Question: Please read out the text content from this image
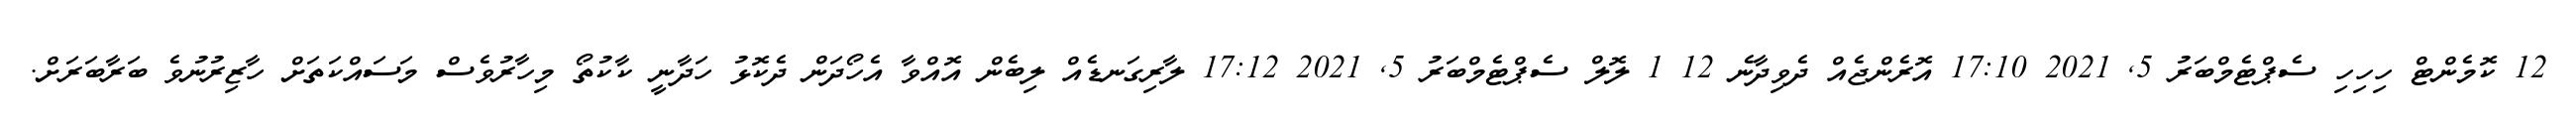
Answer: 12 ކޮމެންޓް ހިހިހި ސެޕްޓެމްބަރު 5, 2021 17:10 އޮރެންޖެއް ދެވިދާނެ 12 1 ލޮލް ސެޕްޓެމްބަރު 5, 2021 17:12 ލާރިގަނޑެއް ލިބެން އޮއްވާ އެހޯދަން ދެކޮޅު ހަދާނީ ކާކުތޯ މިހާރުވެސް މަސައްކަތަށް ހާޒިރުނުވެ ބަރާބަރަށް.